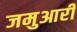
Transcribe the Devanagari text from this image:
जमुआरी